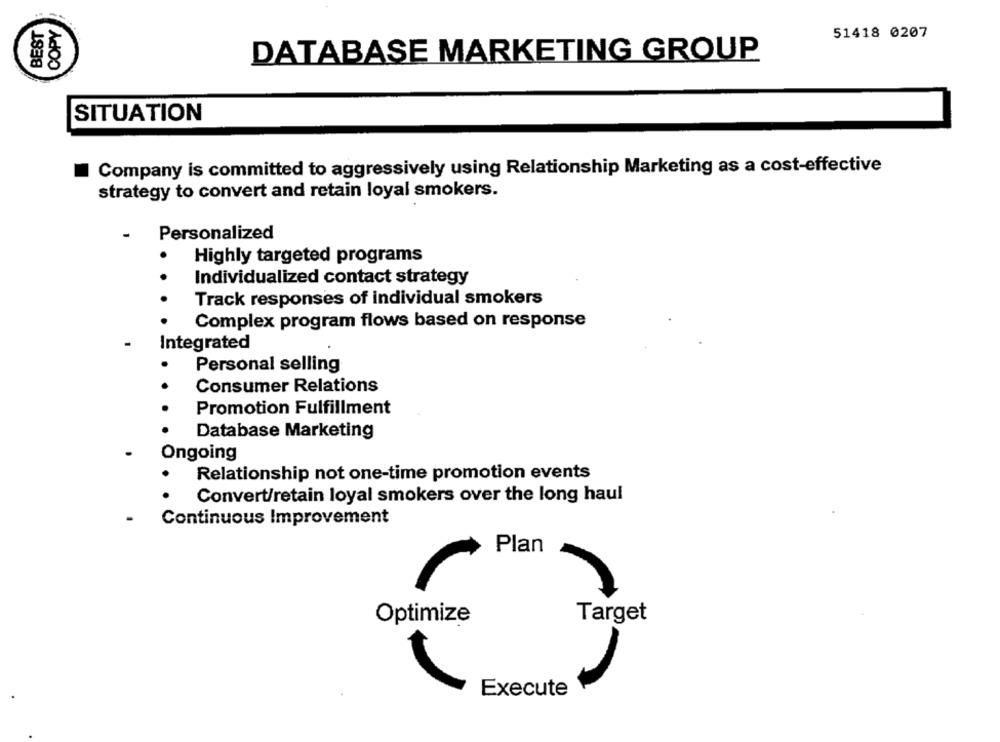
COPY
BEST
51418 0207
DATABASE MARKETING GROUP
SITUATION
Company is committed to aggressively using Relationship Marketing as a cost-effective
strategy to convert and retain loyal smokers.
-
Personalized
Highly targeted programs
.
Individualized contact strategy
Track responses of individual smokers
Complex program flows based on response
Integrated
Personal selling
Consumer Relations
Promotion Fulfillment
Database Marketing
Ongoing
Relationship not one-time promotion events
Convert/retain loyal smokers over the long haul
Continuous Improvement
Plan
Optimize
Target
Execute